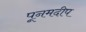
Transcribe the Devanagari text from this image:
पूनमदीप